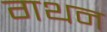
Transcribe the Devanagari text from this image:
गथन